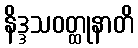
နိဒ္ဒသဝတ္ထုနာတိ